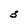
Character: 3